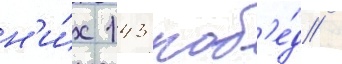
н'и́х 143 поб'е́д /